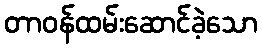
တာဝန်ထမ်းဆောင်ခဲ့သော